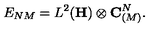
E _ { N M } = L ^ { 2 } ( { \bf H } ) \otimes { \bf C } _ { ( M ) } ^ { N } .